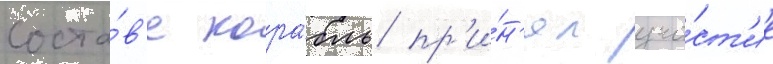
соста́в'е кора́бль пр'и́н'ял уча́ст'ие